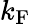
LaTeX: k_{\mathrm{{F}}}